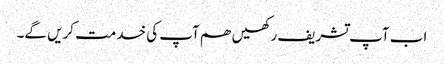
اب آپ تشریف رکھیں ھم آپ کی خدمت کریں گے۔